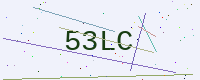
Text: 53LC